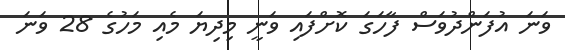
ވަނަ އުފަންދުވަސް ފާހަގަ ކޮށްފައި ވަނީ މިދިޔަ މެއި މަހުގެ 28 ވަނަ